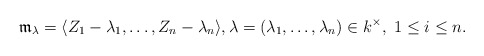
\begin{align*}\mathfrak{m}_{\lambda} = \langle Z_1 - \lambda_1, \dots, Z_n - \lambda_n\rangle, \lambda = (\lambda_1, \dots, \lambda_n) \in k^{\times}, \ 1 \leq i \leq n.\end{align*}